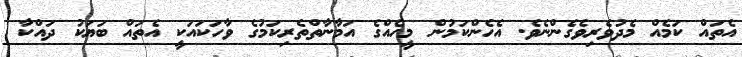
އެތައް ކަމެއް މެދުވެރިވެގެންނެވެ. އެހެންކަމުން މީހެއްގެ އަމާނާތްތެރިކަމުގެ ވާހަކައަކީ އެތައް ބަޔަކު ދައްކާ